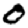
Digit: 0